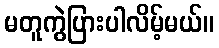
မတူကွဲပြားပါလိမ့်မယ်။